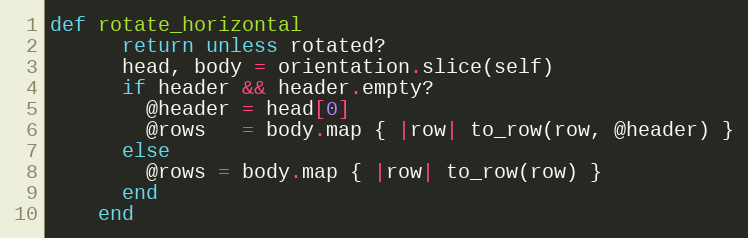
Language: Ruby
def rotate_horizontal
      return unless rotated?
      head, body = orientation.slice(self)
      if header && header.empty?
        @header = head[0]
        @rows   = body.map { |row| to_row(row, @header) }
      else
        @rows = body.map { |row| to_row(row) }
      end
    end